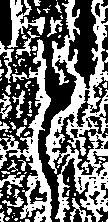
と